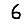
Digit: 6